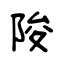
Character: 陖